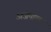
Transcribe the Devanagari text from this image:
अजपाल